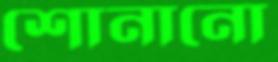
শোনানো